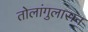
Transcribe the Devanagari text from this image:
तोलांगुलासन